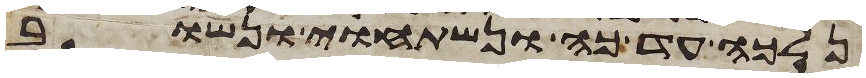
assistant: נלכה עד כה ונשתחוי ונשוב